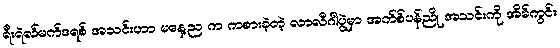
ရီးရဲလ်မက်ဒရစ် အသင်းဟာ မနေ့ည က ကစားခဲ့တဲ့ လာလီဂါပွဲမှာ အက်စ်ပန်ညို အသင်းကို အိမ်ကွင်း